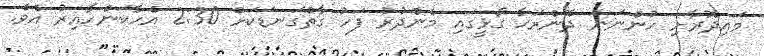
މައިދޮރާށި ހުންނަނަ ދޮންރަހާ ގޯޅީގައި މެންދުރު ފަހު ގާތްގަނޑަކަށް 2:30 އެހާކަންހާއިރު އެވެ.